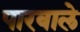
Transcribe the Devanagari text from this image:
पारवाले